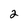
Character: 2